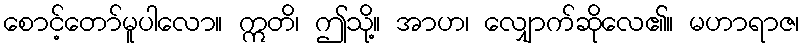
စောင့်တော်မူပါလော။ ဣတိ၊ ဤသို့။ အာဟ၊ လျှောက်ဆိုလေ၏။ မဟာရာဇ၊